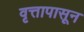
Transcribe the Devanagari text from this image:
वृत्तापासून